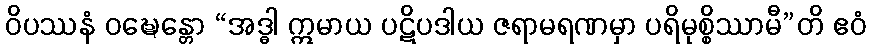
ဝိပဿနံ ဝဍ္ဎေန္တော “အဒ္ဓါ ဣမာယ ပဋိပဒါယ ဇရာမရဏမှာ ပရိမုစ္စိဿာမီ”တိ ဧဝံ